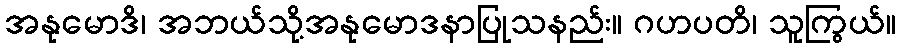
အနုမောဒိ၊ အဘယ်သို့အနုမောဒနာပြုသနည်း။ ဂဟပတိ၊ သူကြွယ်။